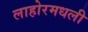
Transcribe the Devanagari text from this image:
लाहोरमधली